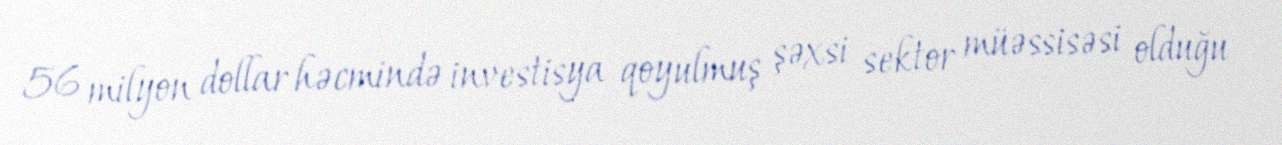
56 milyon dollar həcmində investisya qoyulmuş şəxsi sektor müəssisəsi olduğu